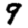
Digit: 9